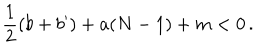
\frac 1 2 ( b + b ^ { \prime } ) + a ( N - 1 ) + m < 0 \, .